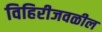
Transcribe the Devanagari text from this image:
विहिरीजवळील